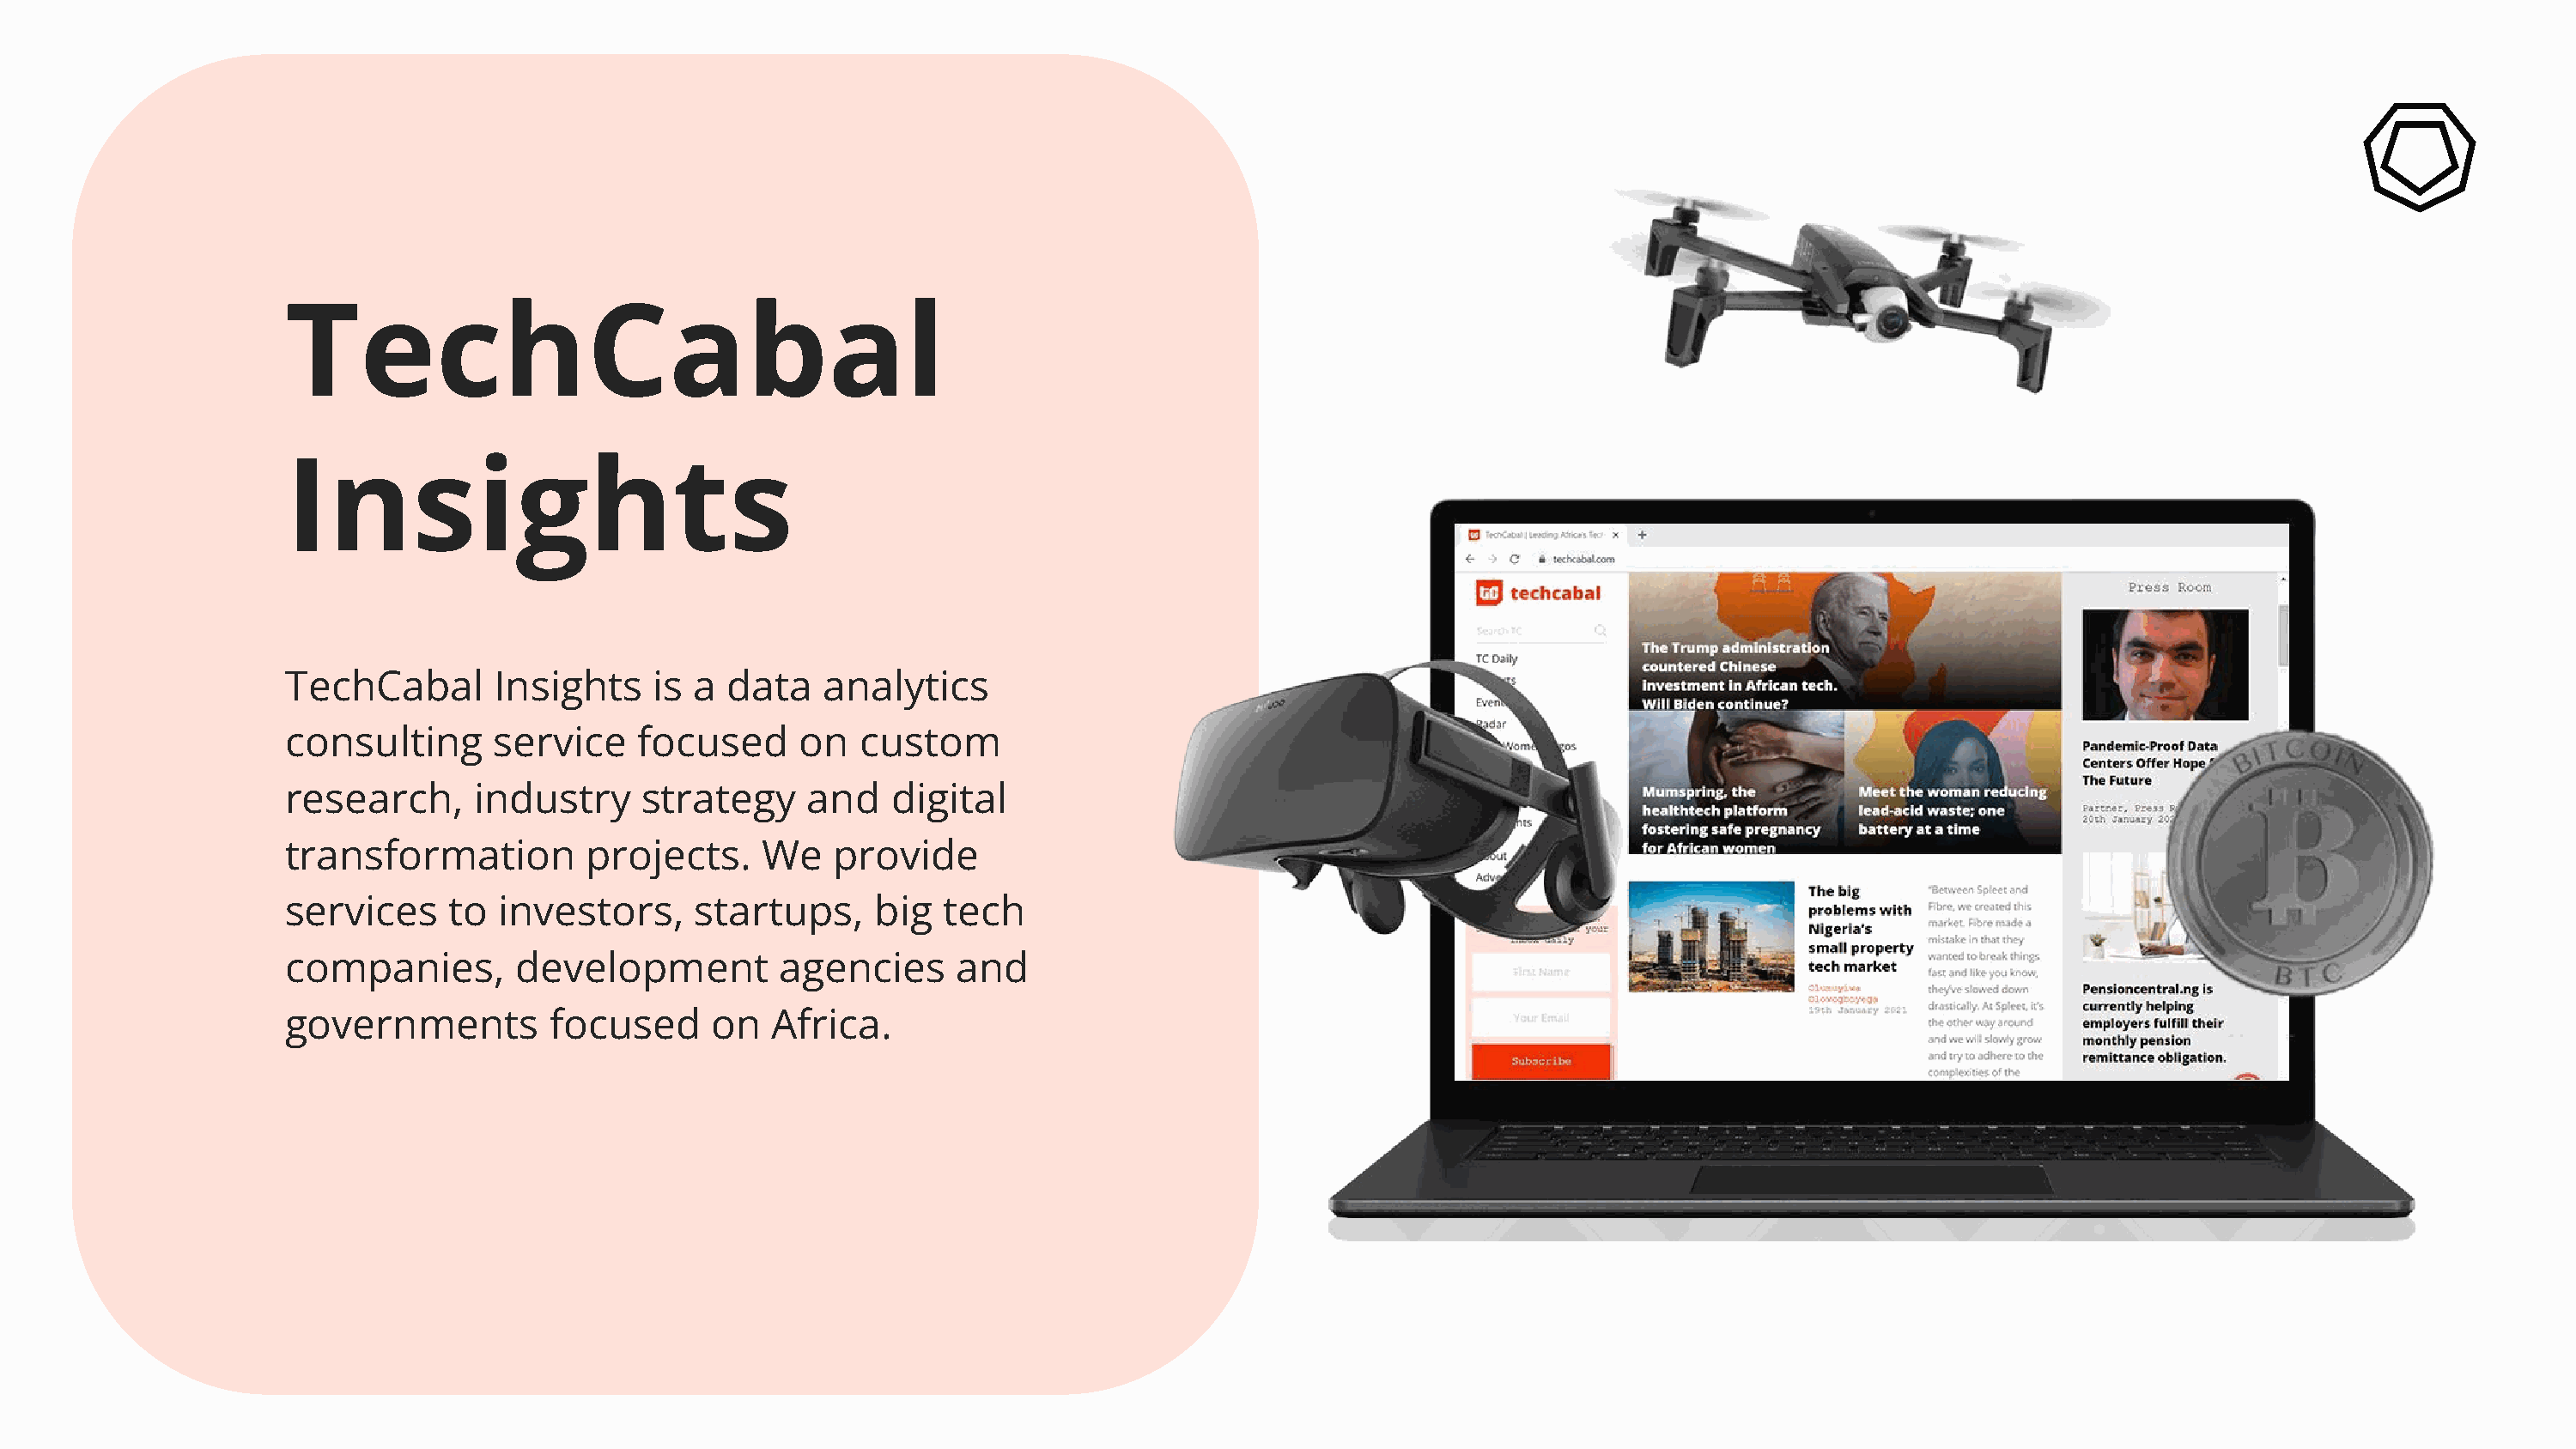
TechCabal
 Insights
 TechCabal       Insights    is a  data   analytics
 consulting      service    focused      on  custom
 research,      industry    strategy     and    digital
 transformation         projects.     We   provide
 services     to investors,      startups,    big   tech
 companies,        development         agencies      and
 governments         focused      on   Africa.